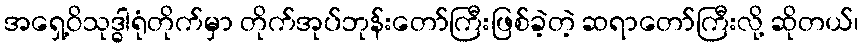
အရှေ့ဝိသုဒ္ဓါရုံတိုက်မှာ တိုက်အုပ်ဘုန်းတော်ကြီးဖြစ်ခဲ့တဲ့ ဆရာတော်ကြီးလို့ ဆိုတယ်၊